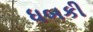
ધબકી